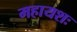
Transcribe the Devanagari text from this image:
महायशः